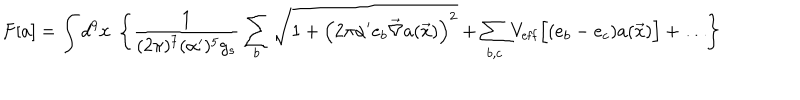
F [ a ] = \int d ^ { 9 } x ~ \left\{ \frac { 1 } { ( 2 \pi ) ^ { 7 } ( \alpha ^ { \prime } ) ^ { 5 } g _ { s } } \sum _ { b } \sqrt { 1 + \left( 2 \pi \alpha ^ { \prime } e _ { b } \vec { \nabla } a ( \vec { x } ) \right) ^ { 2 } } + \sum _ { b , c } V _ { \mathrm { e f f } } \Bigl [ ( e _ { b } - e _ { c } ) a ( \vec { x } ) \Bigr ] + \dots \right\}